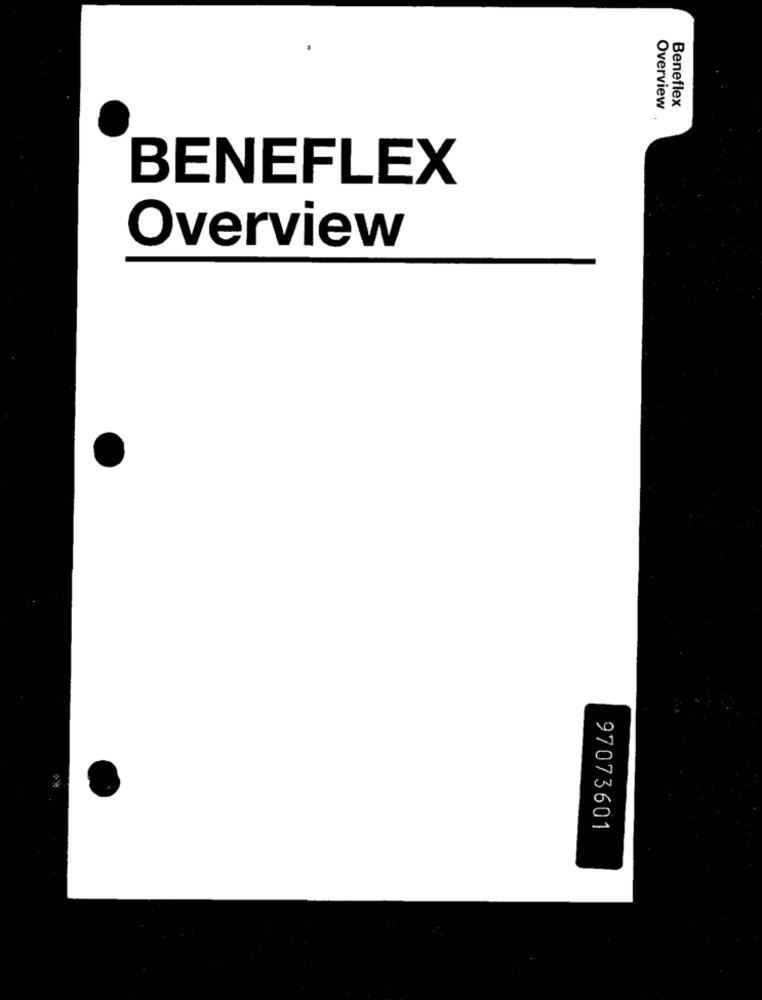
Beneflex
Overview
BENEFLEX
Overview
97073601